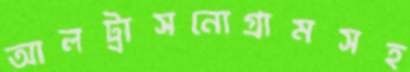
আলট্রাসনোগ্রামসহ